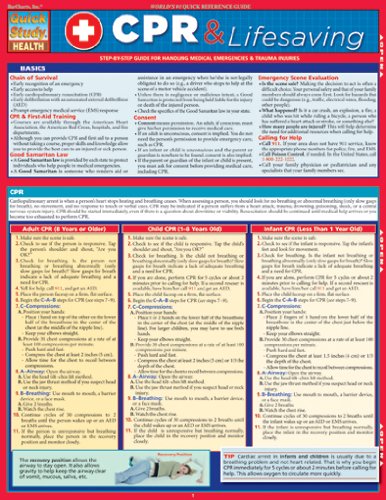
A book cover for Cpr & Lifesaving (Quick Study); Inc. BarCharts; Health, Fitness & Dieting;